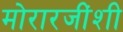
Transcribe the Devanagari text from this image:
मोरारजींशी